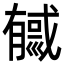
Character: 㦽